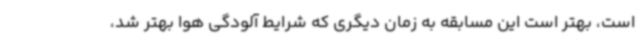
است، بهتر است این مسابقه به زمان دیگری که شرایط آلودگی هوا بهتر شد،